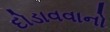
દોડાવવાનો